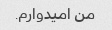
من امیدوارم.